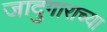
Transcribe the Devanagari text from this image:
जादुगाराच्या